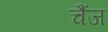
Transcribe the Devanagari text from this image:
चैंज